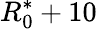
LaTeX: R_{0}^{\ast}+10